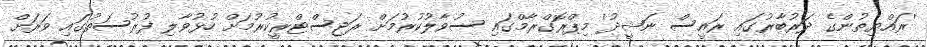
'ރައްޔިތުންގެ ދަރުބާރުގައި ރައީސް ނަޝީދު' މިޕްރޮގްރާމްގައި ސުވާލުކުރުމަށް ރަޖިސްޓްރީކުރުމަށް ހުޅުވާލި ފުރުސަތުގައި ވަރަށް